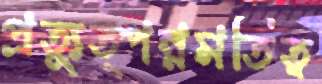
প্রত্যুত্পন্নমতিত্ব